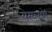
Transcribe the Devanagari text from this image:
येख्लास